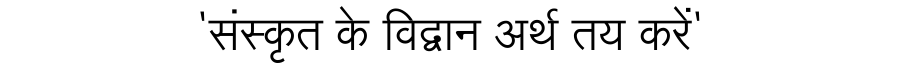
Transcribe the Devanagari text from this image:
'संस्कृत के विद्वान अर्थ तय करें'